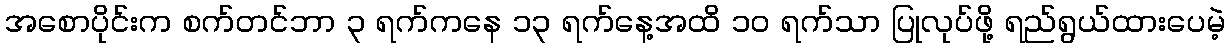
အစောပိုင်းက စက်တင်ဘာ ၃ ရက်ကနေ ၁၃ ရက်နေ့အထိ ၁၀ ရက်သာ ပြုလုပ်ဖို့ ရည်ရွယ်ထားပေမဲ့